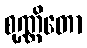
စုဏ္ဏိတော